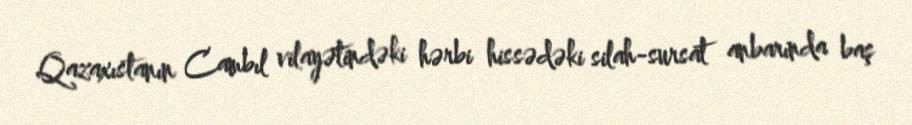
Qazaxıstanın Cambıl vilayətindəki hərbi hissədəki silah-sursat anbarında baş